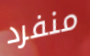
منفرد